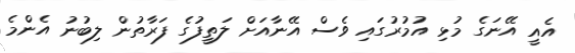
އެއީ އޭނަގެ މުޅި އުމުރުގައި ވެސް އޭނާއަށް ލަތީފުގެ ފަރާތުން ލިބުނު އެންމެ